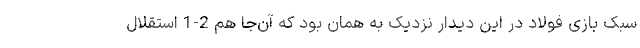
سبک بازی فولاد در این دیدار نزدیک به همان بود که آن‌جا هم 2-1 استقلال